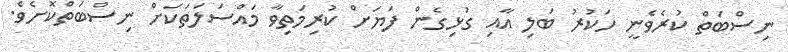
ނިސްބަތް ކުރެވެނީ ހަކުރު ބަލި އާއި ގުޅިގެން ފަޔަށް ކުރިމަތިވާ މައްސަލަތަކަށް ނިސްބަތްކޮށެވެ.